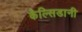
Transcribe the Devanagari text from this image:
कैल्सिडानी